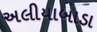
અલીયાબાડા